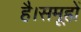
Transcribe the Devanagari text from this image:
है।समूहों